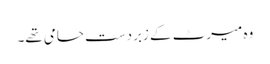
وہ میرٹ کے زبردست حامی تھے۔